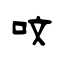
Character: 呅